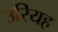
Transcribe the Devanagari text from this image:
उरियह